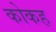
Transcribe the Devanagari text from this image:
कोकह